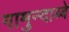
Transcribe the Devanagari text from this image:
गामुन्दाब्बे